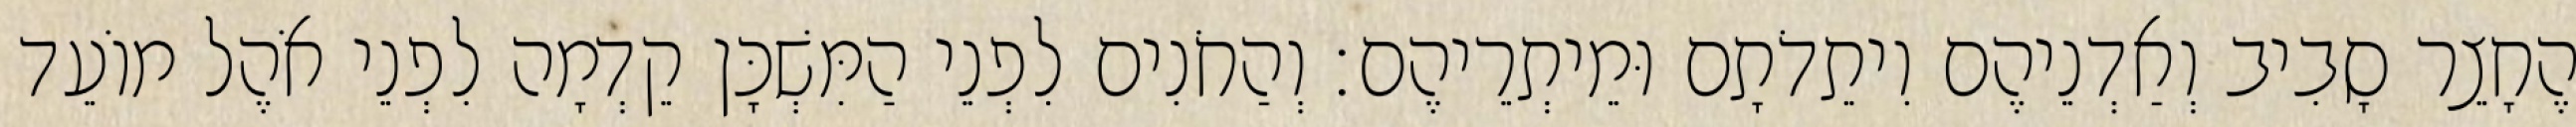
הֶחָצֵר סָבִיב וְאַדְנֵיהֶם וִיתֵדֹתָם וּמֵיתְרֵיהֶם׃ וְהַחֹנִים לִפְנֵי הַמִּשְׁכָּן קֵדְמָה לִפְנֵי אֹהֶל מוֹעֵד